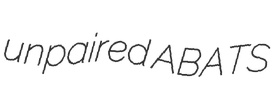
unpaired ABATS